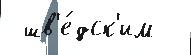
 шв'е́дск'им